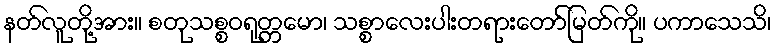
နတ်လူတို့အား။ စတုသစ္စဝရုတ္တမော၊ သစ္စာလေးပါးတရားတော်မြတ်ကို။ ပကာသေသိ၊